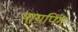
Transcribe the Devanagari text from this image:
थायपिंग